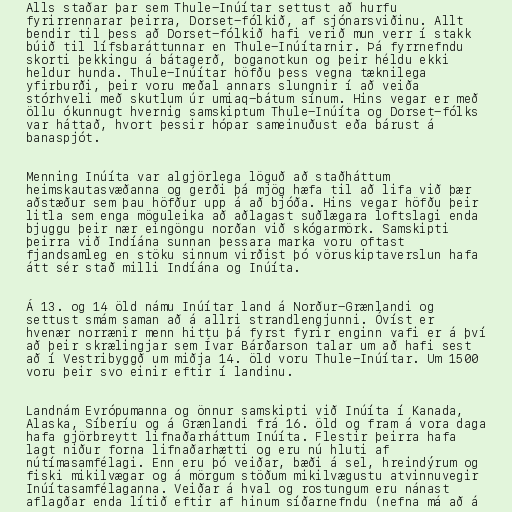
Alls staðar þar sem Thule-Inúítar settust að hurfu
fyrirrennarar þeirra, Dorset-fólkið, af sjónarsviðinu. Allt
bendir til þess að Dorset-fólkið hafi verið mun verr í stakk
búið til lífsbaráttunnar en Thule-Inúítarnir. Þá fyrrnefndu
skorti þekkingu á bátagerð, boganotkun og þeir héldu ekki
heldur hunda. Thule-Inúítar höfðu þess vegna tæknilega
yfirburði, þeir voru meðal annars slungnir í að veiða
stórhveli með skutlum úr umiaq-bátum sínum. Hins vegar er með
öllu ókunnugt hvernig samskiptum Thule-Inúíta og Dorset-fólks
var háttað, hvort þessir hópar sameinuðust eða bárust á
banaspjót.

Menning Inúíta var algjörlega löguð að staðháttum
heimskautasvæðanna og gerði þá mjög hæfa til að lifa við þær
aðstæður sem þau höfður upp á að bjóða. Hins vegar höfðu þeir
litla sem enga möguleika að aðlagast suðlægara loftslagi enda
bjuggu þeir nær eingöngu norðan við skógarmörk. Samskipti
þeirra við Indíána sunnan þessara marka voru oftast
fjandsamleg en stöku sinnum virðist þó vöruskiptaverslun hafa
átt sér stað milli Indíána og Inúíta.

Á 13. og 14 öld námu Inúítar land á Norður-Grænlandi og
settust smám saman að á allri strandlengjunni. Óvíst er
hvenær norrænir menn hittu þá fyrst fyrir enginn vafi er á því
að þeir skrælingjar sem Ívar Bárðarson talar um að hafi sest
að í Vestribyggð um miðja 14. öld voru Thule-Inúítar. Um 1500
voru þeir svo einir eftir í landinu.

Landnám Evrópumanna og önnur samskipti við Inúíta í Kanada,
Alaska, Síberíu og á Grænlandi frá 16. öld og fram á vora daga
hafa gjörbreytt lifnaðarháttum Inúíta. Flestir þeirra hafa
lagt niður forna lifnaðarhætti og eru nú hluti af
nútímasamfélagi. Enn eru þó veiðar, bæði á sel, hreindýrum og
fiski mikilvægar og á mörgum stöðum mikilvægustu atvinnuvegir
Inúítasamfélaganna. Veiðar á hval og rostungum eru nánast
aflagðar enda lítið eftir af hinum síðarnefndu (nefna má að á